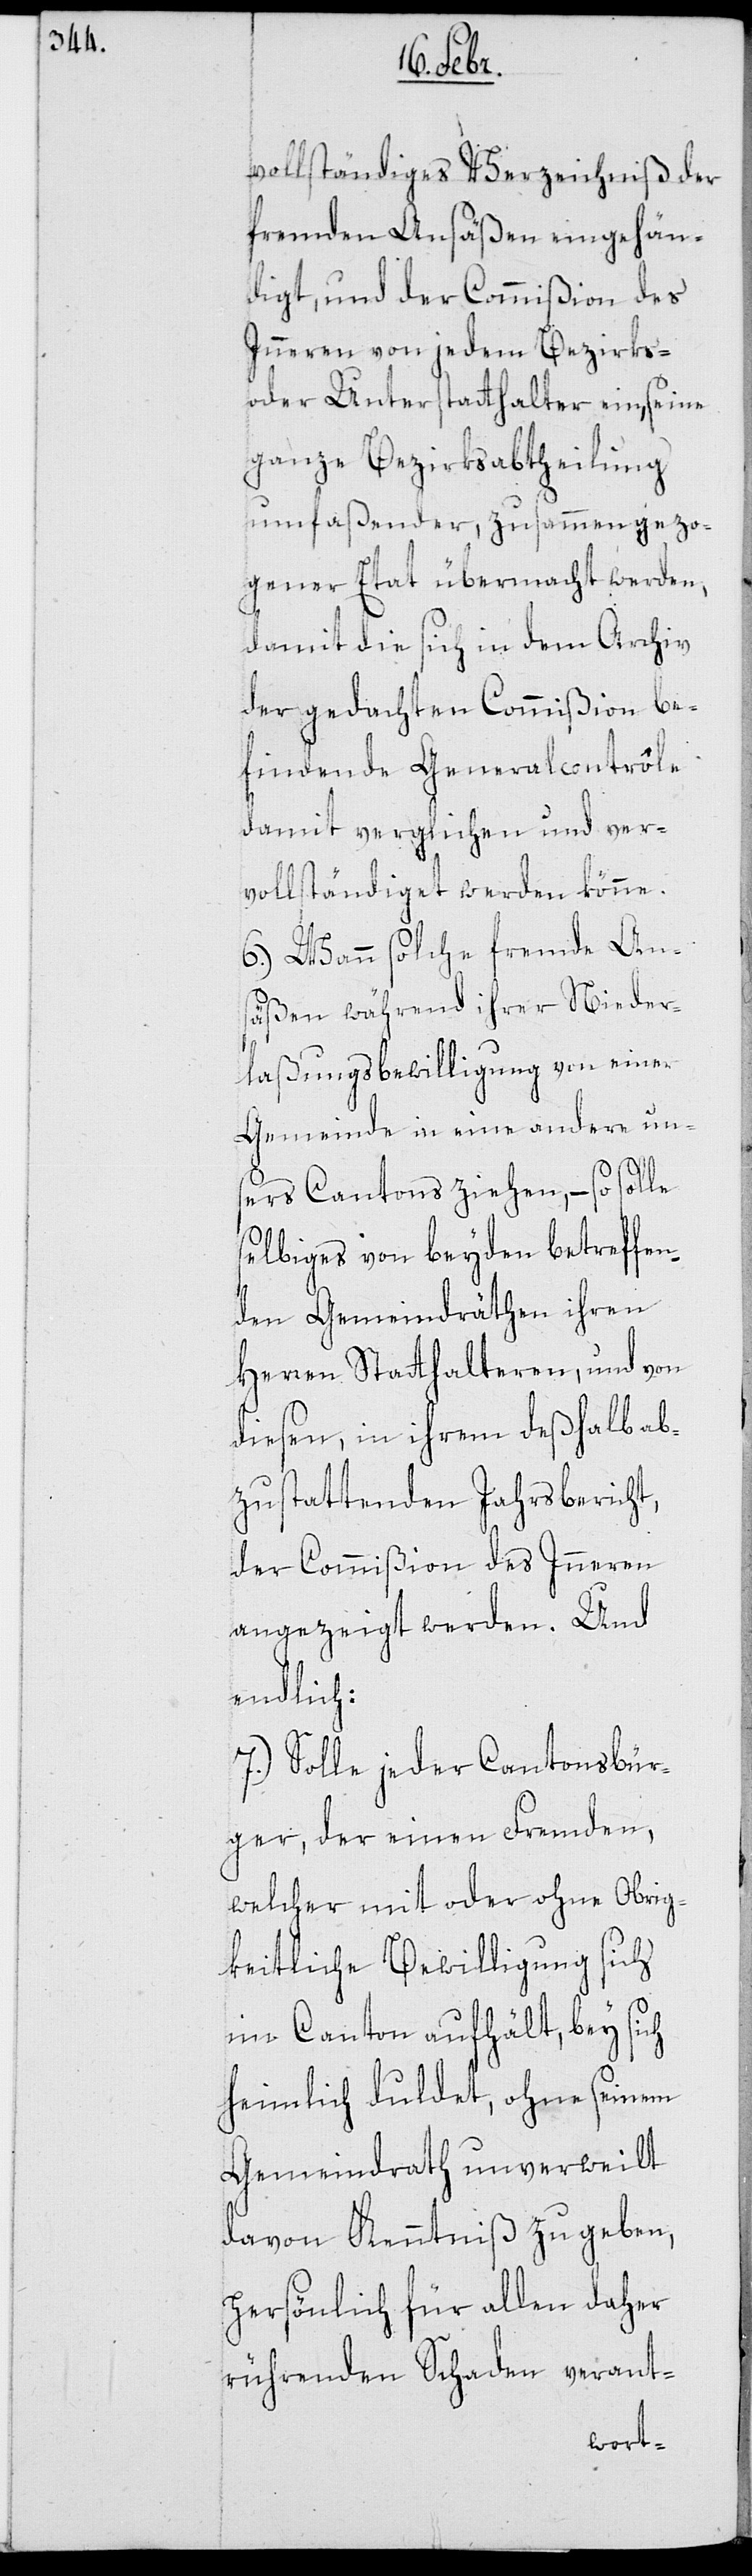
vollständiges Verzeichniß der
fremden Ansäßen eingehän¬
digt, und der Commißion des
Inneren von jedem Bezirks-
oder Unterstatthalter ein, seine
ganze Bezirksabtheilung
umfaßender, zusammengezo¬
gener Etat übermacht werden,
damit die sich in dem Archiv
der gedachten Commißion be¬
findende Generalcontrôle
damit verglichen und ver¬
vollständiget werden könne.
6.) Wann solche fremde An¬
säßen während ihrer Nieder¬
laßungsbewilligung von einer
Gemeinde in eine andere un¬
sers Cantons ziehen, – so solle
selbiges von beyden betreffen¬
den Gemeindräthen ihren
Herren Statthalteren, und von
diesen in ihrem deßhalb ab¬
zustattenden Jahrsbericht,
der Commißion des Inneren
angezeigt werden. Und
endlich:
7.) Solle jeder Cantonsbür¬
ger, der einen Fremden,
welcher mit oder ohne obrig¬
keitliche Bewilligung sich
im Canton aufhält, bey sich
heimlich duldet, ohne seinem
Gemeindrath unverweilt
davon Kenntniß zu geben,
persönlich für allen daher
rührenden Schaden verant-